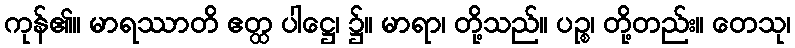
ကုန်၏။ မာရဿာတိ ဧတ္ထ ပါဋ္ဌေ၊ ၌။ မာရာ၊ တို့သည်။ ပဉ္စ၊ တို့တည်း။ တေသု၊